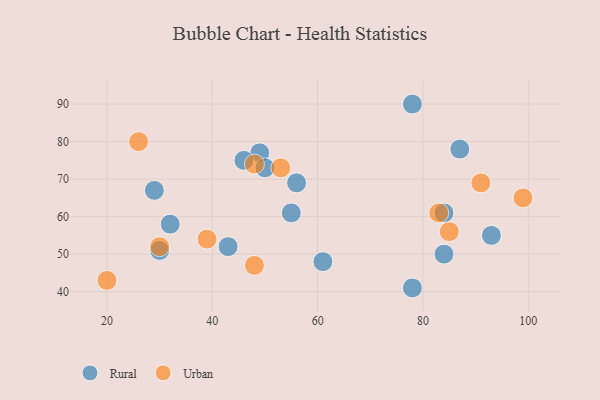
{"axis": {"x": "GDP", "y": "Life Expectancy"}, "legend": ["Rural", "Urban"], "data": [{"x": "84", "y": 50, "type": "Rural"}, {"x": "87", "y": 78, "type": "Rural"}, {"x": "84", "y": 61, "type": "Rural"}, {"x": "93", "y": 55, "type": "Rural"}, {"x": "49", "y": 77, "type": "Rural"}, {"x": "29", "y": 67, "type": "Rural"}, {"x": "61", "y": 48, "type": "Rural"}, {"x": "56", "y": 69, "type": "Rural"}, {"x": "30", "y": 51, "type": "Rural"}, {"x": "46", "y": 75, "type": "Rural"}, {"x": "43", "y": 52, "type": "Rural"}, {"x": "55", "y": 61, "type": "Rural"}, {"x": "50", "y": 73, "type": "Rural"}, {"x": "78", "y": 90, "type": "Rural"}, {"x": "32", "y": 58, "type": "Rural"}, {"x": "78", "y": 41, "type": "Rural"}, {"x": "99", "y": 65, "type": "Urban"}, {"x": "26", "y": 80, "type": "Urban"}, {"x": "91", "y": 69, "type": "Urban"}, {"x": "39", "y": 54, "type": "Urban"}, {"x": "48", "y": 74, "type": "Urban"}, {"x": "30", "y": 52, "type": "Urban"}, {"x": "20", "y": 43, "type": "Urban"}, {"x": "83", "y": 61, "type": "Urban"}, {"x": "85", "y": 56, "type": "Urban"}, {"x": "48", "y": 47, "type": "Urban"}, {"x": "53", "y": 73, "type": "Urban"}]}